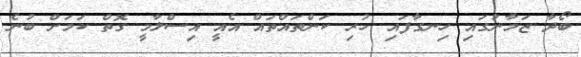
ބޯދާ ޒަމާނުގައި ހިނގާފައި ހުރި ކަންތައްތައް އެއީ އިސްލާމީ ގޮތް ކަމަށް ބުނެ